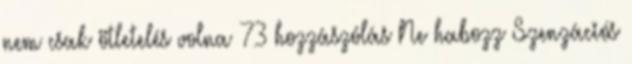
nem csak ötletelés volna 73 hozzászólás Ne habozz Szenzációs